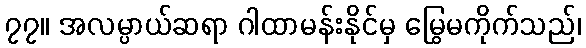
၇၇။ အလမ္ပာယ်ဆရာ ဂါထာမန်းနိုင်မှ မြွေမကိုက်သည်၊